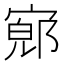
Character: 𫳨